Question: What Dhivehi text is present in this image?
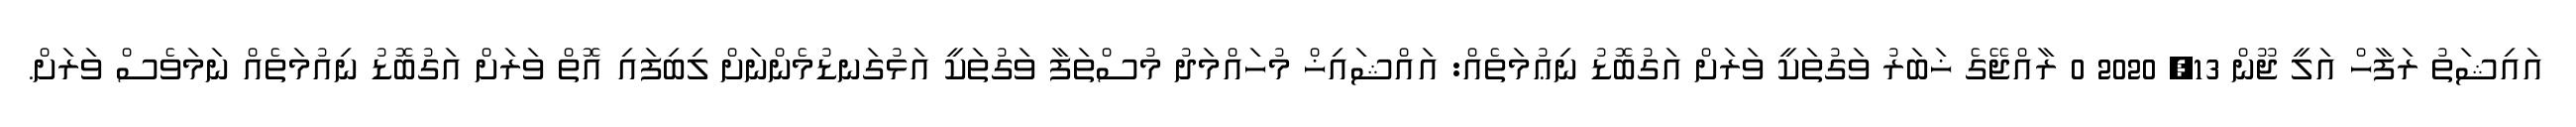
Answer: އައިޝަތު ރަފާހް އަލީ ޖޫން 13, 2020 0 ރާއްޖޭގެ ޚަބަރު ވަގުތަކީ ވަރަށް އަގުބޮޑު ނިޢުމަތެއް: އައްޝައިޚް މުހައްމަދު މުސްތަފާ ވަގުތަކީ އަޅުގަނޑުމެންނަށް ލިބިފައި އޮތް ވަރަށް އަގުބޮޑު ނިއުމަތެއް ނަމަވެސް ވަރަށް.